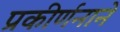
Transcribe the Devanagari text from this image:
प्रकीर्णनाने